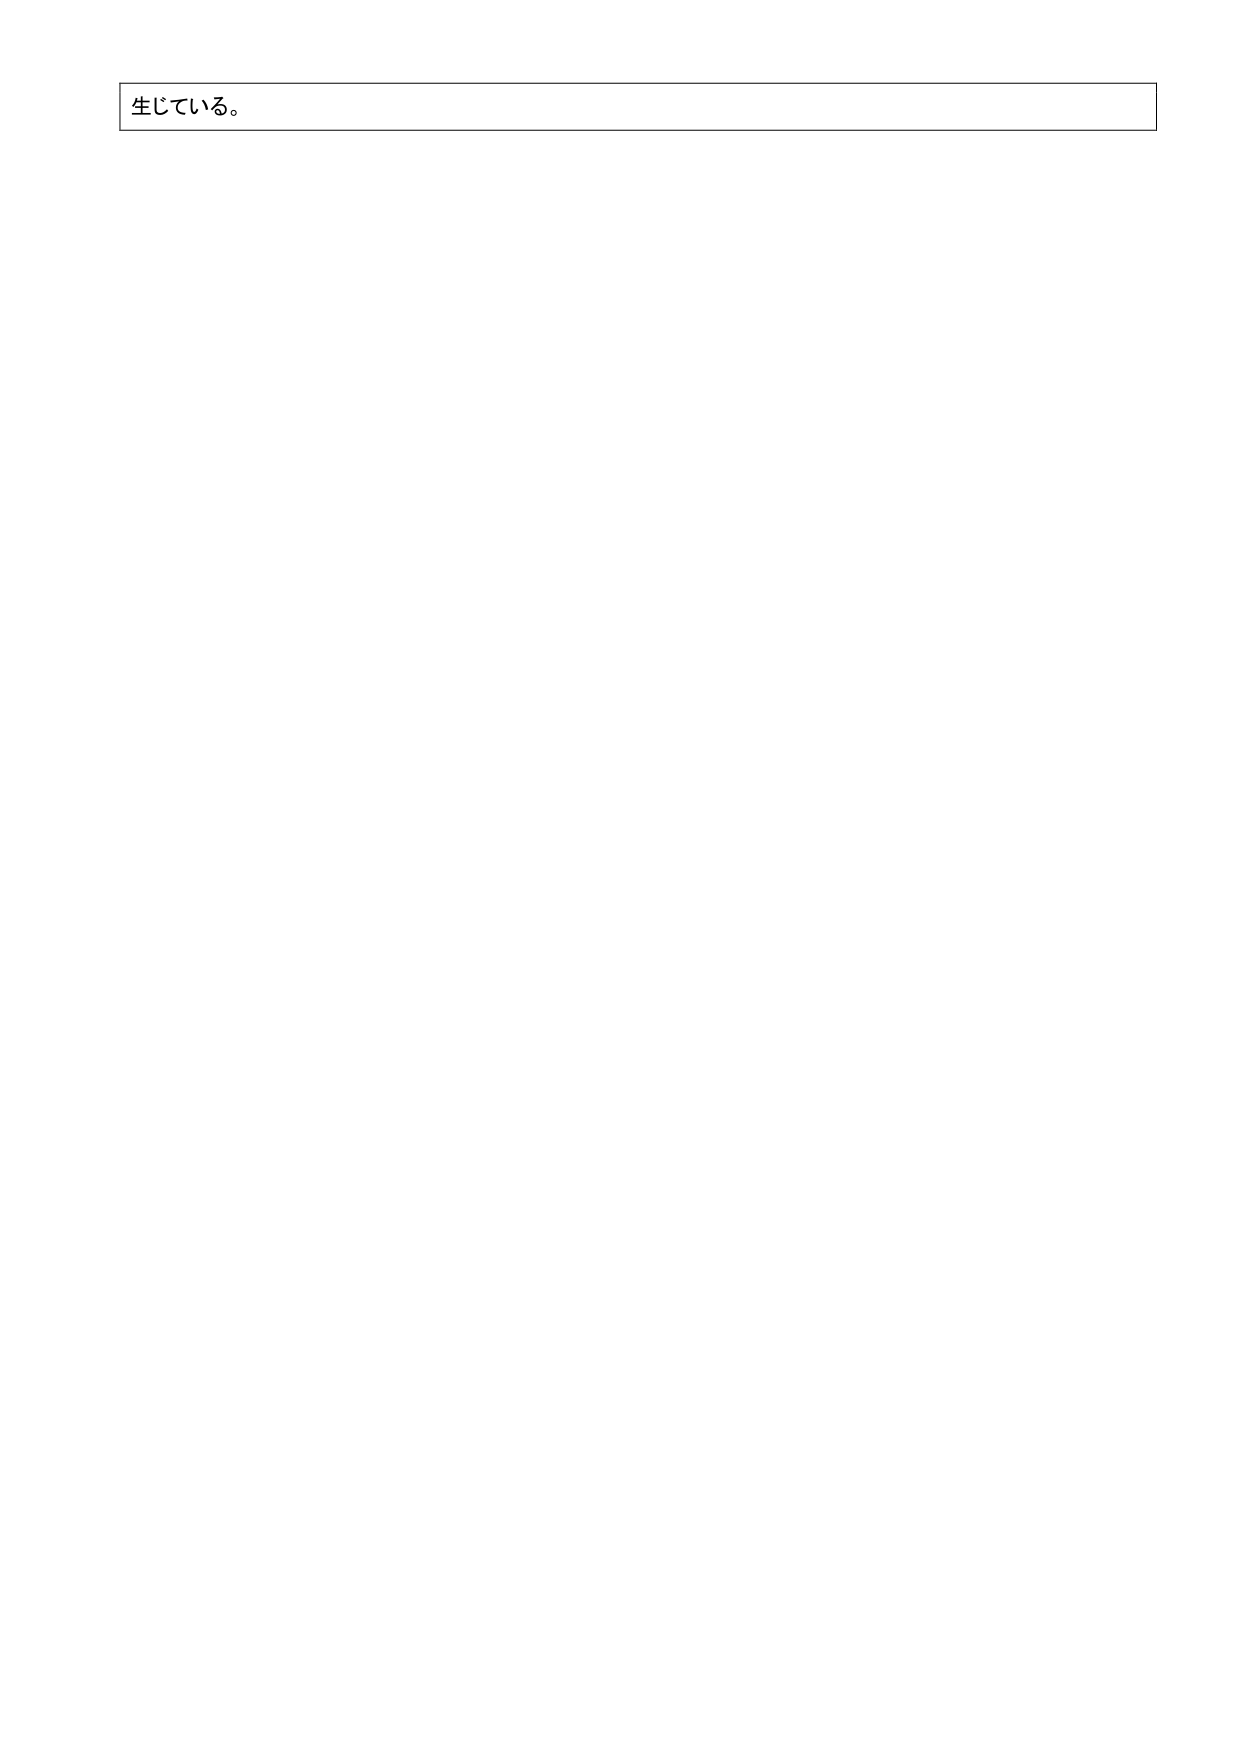
生じている。